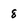
Character: 8